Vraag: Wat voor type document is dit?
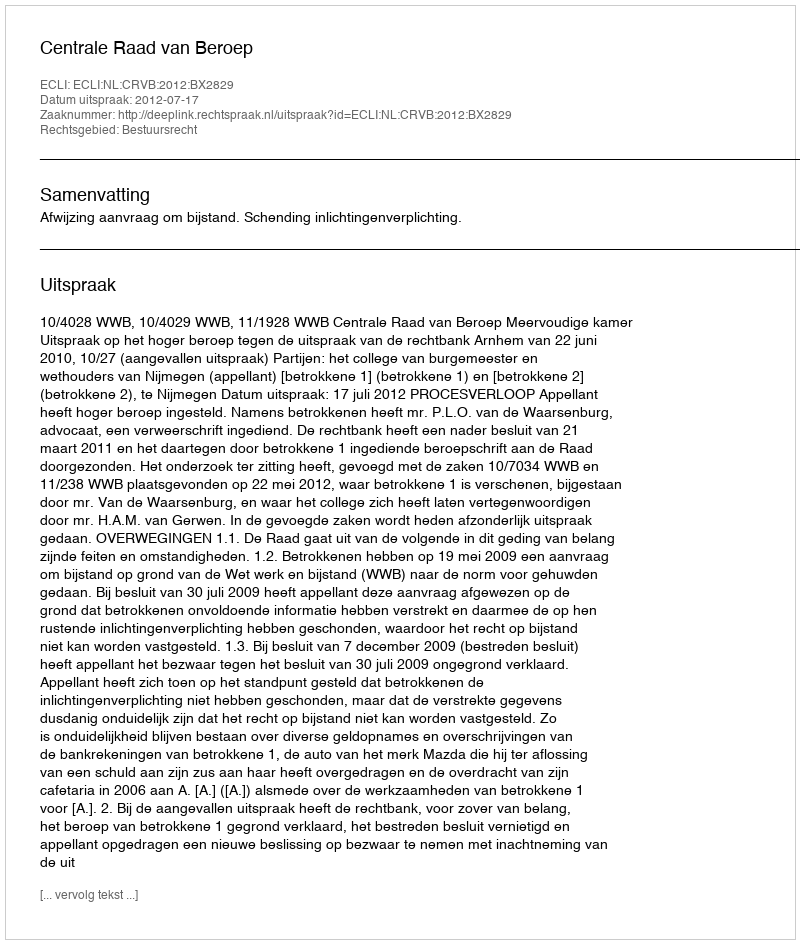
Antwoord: Uitspraak